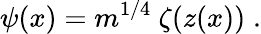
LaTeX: \psi(x)=m^{1/4}\ \zeta\! \left(z(x)\right)\; .